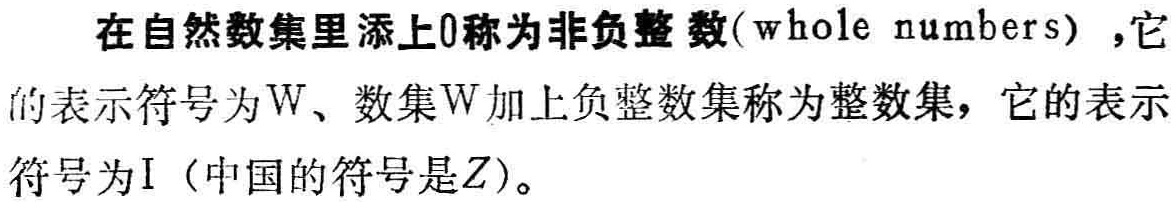
在自然数集里添上0称为非负整数(whole numbers)，它的表示符号为\(W\)、数集\(W\)加上负整数集称为整数集，它的表示符号为\(I\)（中国的符号是\(Z\)）。